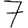
Digit: 7